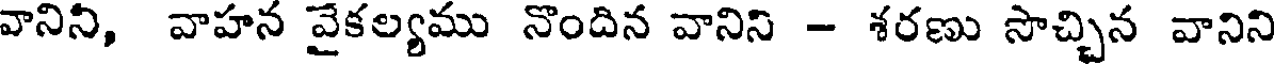
వానిని, వాహన వైకల్యము నొందిన వానిని - శరణు సొచ్చిన వానిని